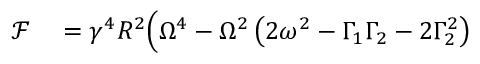
\begin{array} { r l } { \mathcal { F } } & { { } = \gamma ^ { 4 } R ^ { 2 } \Big ( \Omega ^ { 4 } - \Omega ^ { 2 } \left( 2 \omega ^ { 2 } - \Gamma _ { 1 } \Gamma _ { 2 } - 2 \Gamma _ { 2 } ^ { 2 } \right) } \end{array}